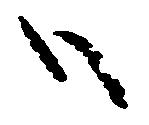
ハ